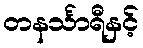
တနင်္သာရီနှင့်